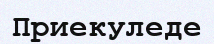
Приекуледе